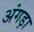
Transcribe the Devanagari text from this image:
अंगड़ा